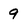
Character: 9